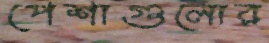
পেশাগুলোর